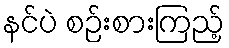
နင်ပဲ စဉ်းစားကြည့်